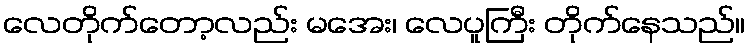
လေတိုက်တော့လည်း မအေး၊ လေပူကြီး တိုက်နေသည်။